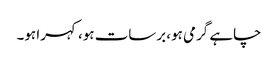
چاہے گرمی ہو، برسات ہو، کہرا ہو۔